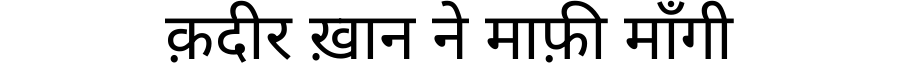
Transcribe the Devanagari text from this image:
क़दीर ख़ान ने माफ़ी माँगी